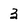
Character: 3